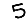
Digit: 5